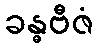
ခန္ဓဗီဇံ